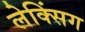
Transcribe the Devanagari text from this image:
लेक्सिंग